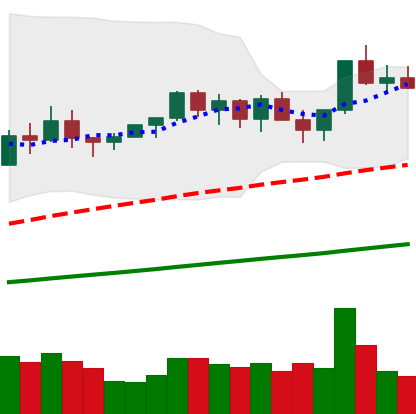
Ticker: NEO-USD
Chart end date: 2021-03-20
Forward return: -9.765%
Label: down_7plus